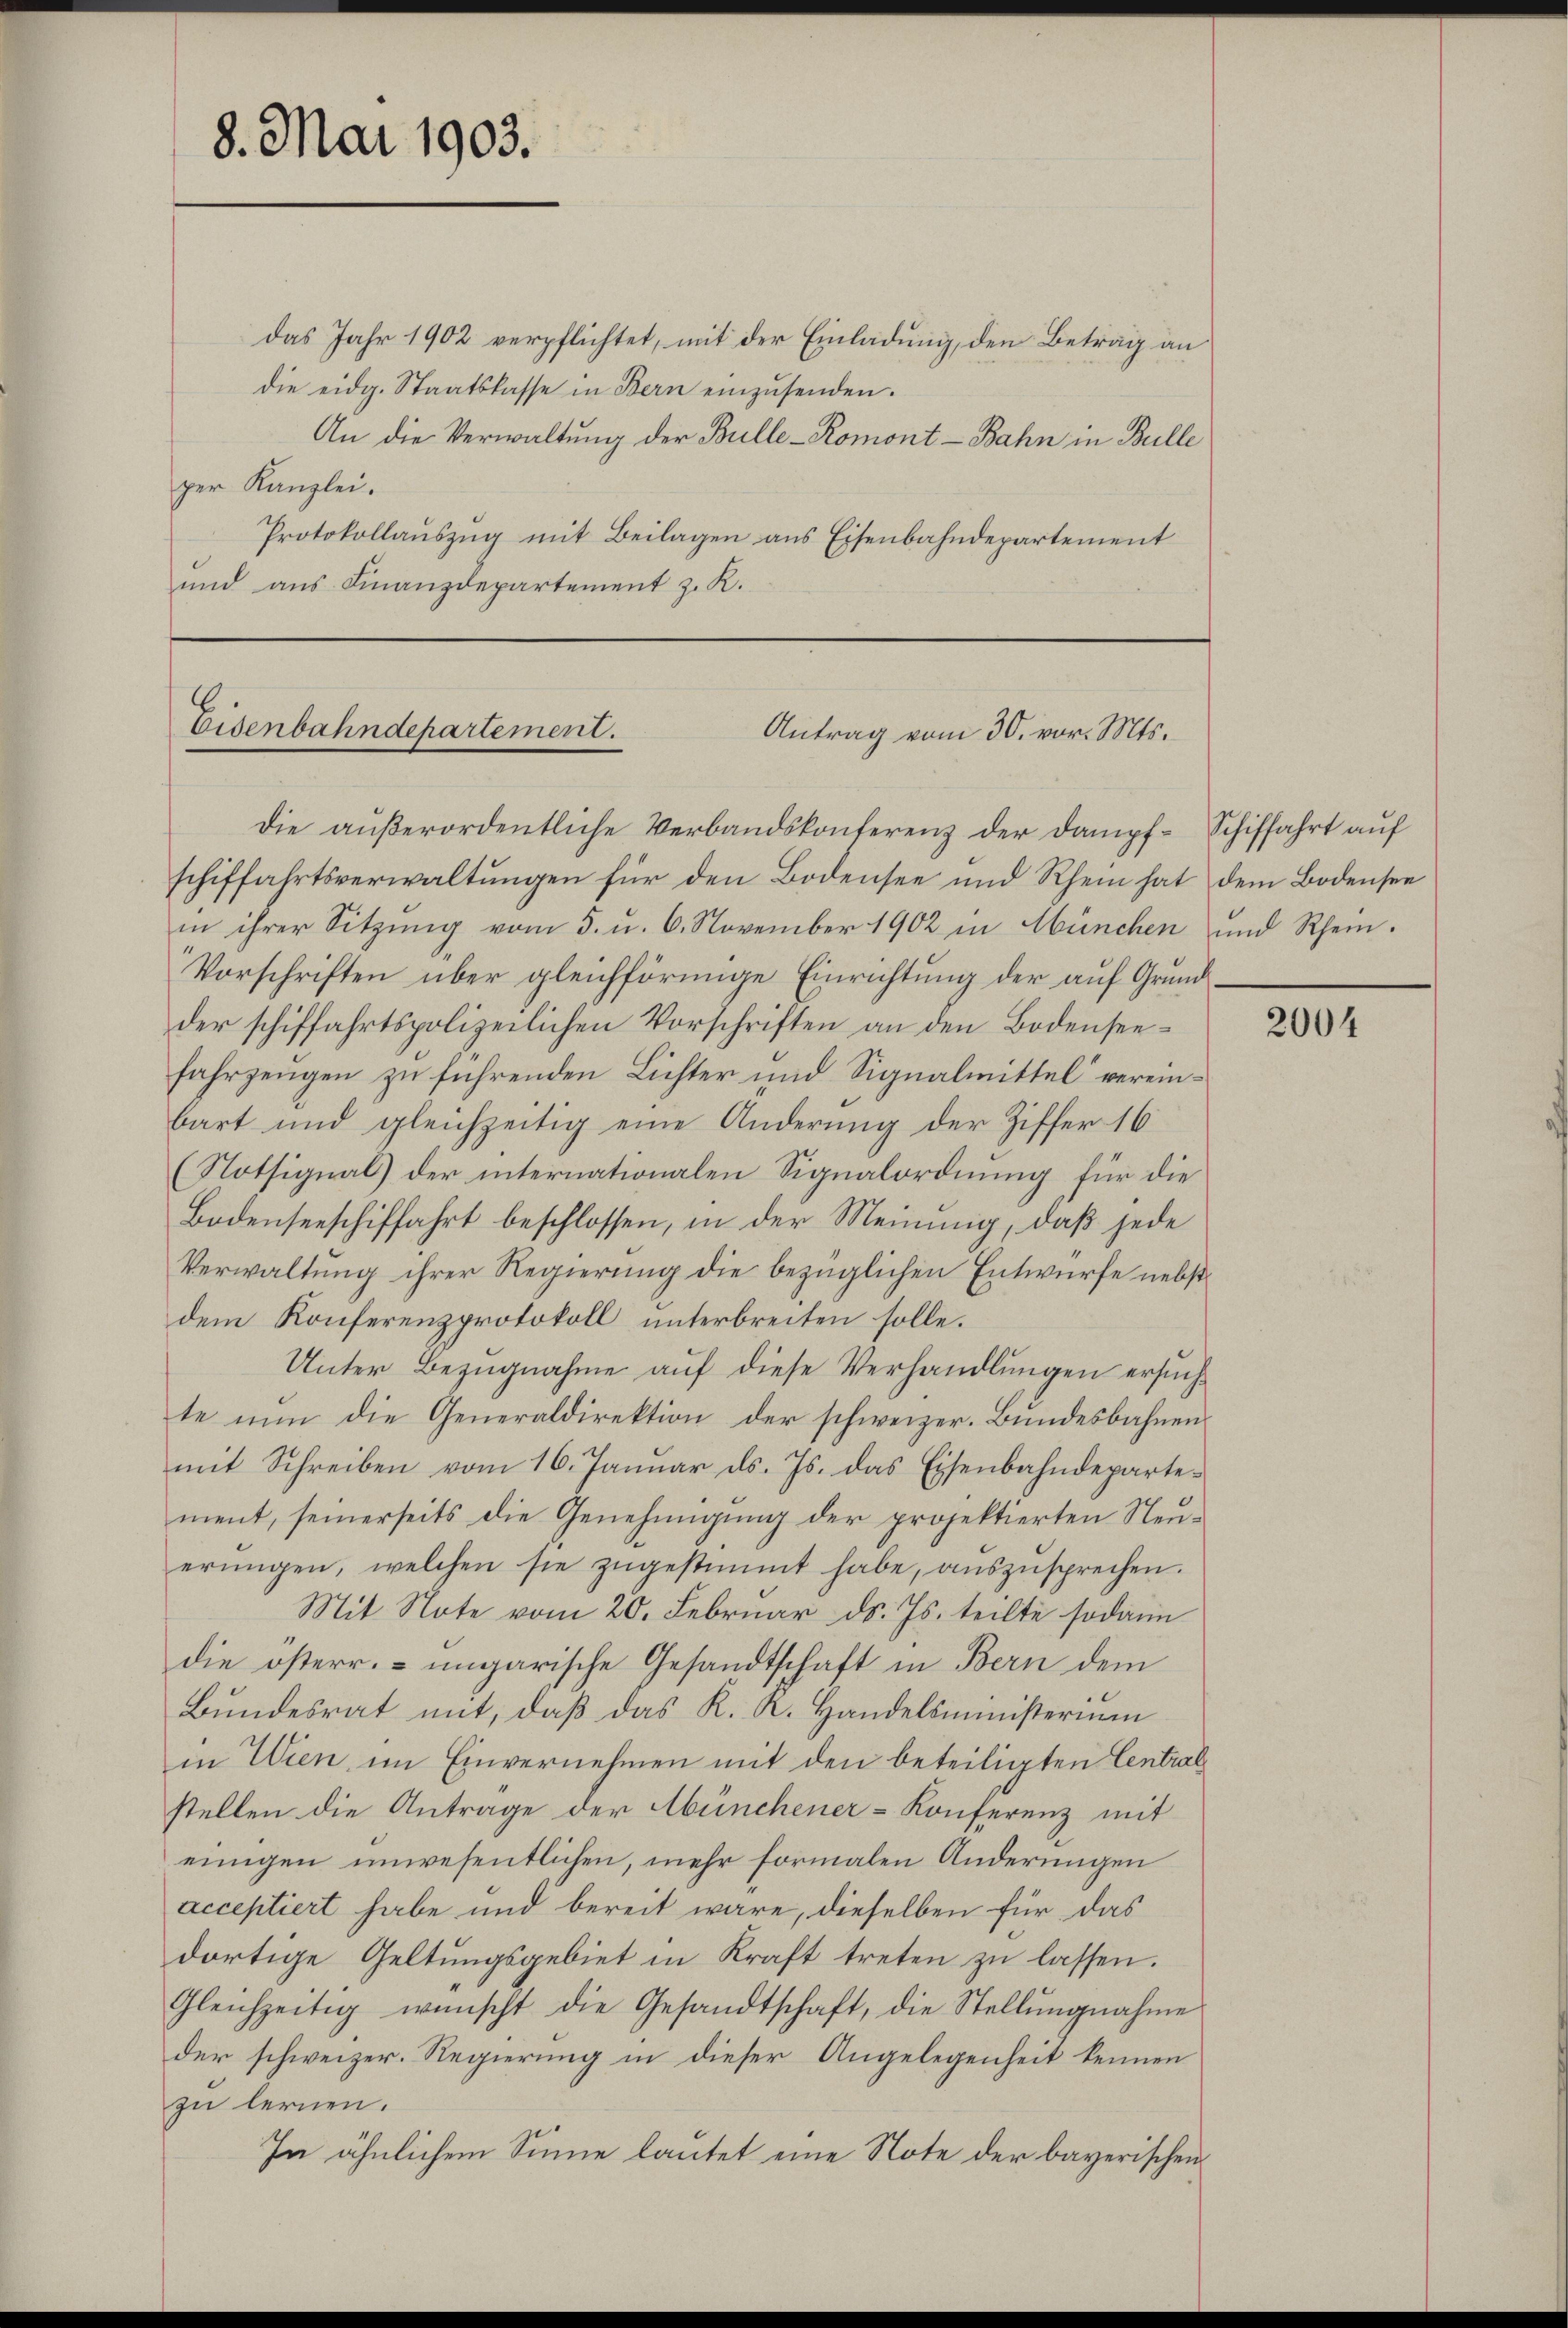
8. Mai 1903.

die eidg. Staatskasse in Bern einzŭsenden.
An die Verwaltung der Bulle-Romont-Bahn in Bulle
per Kanzlei.
Protokollauszug mit Beilagen aus Eisenbahndepartement
und aus Finanzdepartement z. K.

Eisenbahndepartement.
Antrag vom 30. vor. Mts.

die außerordentliche Verbandskonferenz der Dampf-Schiffahrt auf
schiffahrtsverwaltungen für den Bodensee und Rhein hat dem Bodensee
in ihrer Sitzung vom 5. u. 6. November 1902 in München und Rhein¬
Vorschriften über gleichförmige Einrichtung der auf Grundder schiffahrtspolizeilichen Vorschriften an den Bodenseefahrzeugen zu führenden Lichter und Signalmittel“ vereinbart und gleichzeitig eine Änderung der Ziffer 16
(Notsignal) der internationalen Signalordnung für die
Bodenseeschiffahrt beschlossen, in der Meinung, daß jede
Verwaltung ihrer Regierung die bezüglichen Entwurfe nebstdem Konferenzprotokoll unterbreiten solle.
Unter Bezugnahme auf diese Verhandlungen ersuchte nun die Generaldirektion der schweizer. Bundesbahnen
mit Schreiben vom 16. Januar ds. Js. das Eisenbahndepartement, seinerseits die Genehmigung der projektierten Neuerŭngen, welchen sie zŭgestimmt habe, aŭszŭsprechen.
Mit Note vom 20. Februar d. Js. teilte sodann
die österr. ungarische Gesandtschaft in Bern dem
Bundesrat mit, daß das K. K. Handelsministernan
in Wien, im Einvernehmen mit den beteiligten Central
stellen die Antrage der Abünchener-Konferenz mit
einigen unwesentlichen, mehr formalen Änderungen
acceptiert habe und bereit wäre, dieselben für das
dortige Geltungsgebiet in Kraft treten zu lassen.
Gleichzeitig wünscht die Gesandtschaft, die Stellŭngnahme
der schweizer. Regierung in dieser Angelegenheit kennen
zu lernen.
In ähnlichem Sinne lautet eine Note der bayerischen

das Jahr 1902 verpflichtet, mit der Einladung, den Betrag an

2004